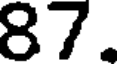
87.